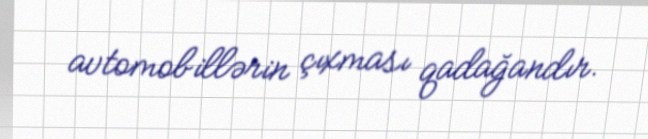
avtomobillərin çıxması qadağandır.